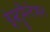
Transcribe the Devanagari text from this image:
इंस्ट्रूमैन्टेशन